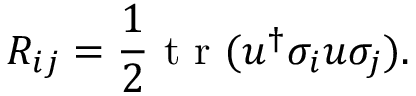
R _ { i j } = \frac { 1 } { 2 } { \mathop { \textrm { t r } } } ( u ^ { \dagger } \sigma _ { i } u \sigma _ { j } ) .